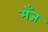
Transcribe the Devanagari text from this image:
मँज